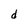
Character: d